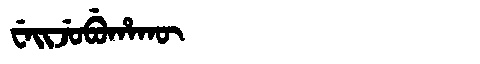
Manchu: ᠸᡝᡳᠵᡠᠪᡠᡥᠠᡴᡡ
Romanization: WEIJUBUHAKŪ